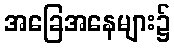
အခြေအနေများ၌